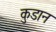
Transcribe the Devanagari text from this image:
कुडान